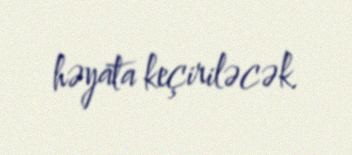
həyata keçiriləcək.